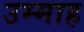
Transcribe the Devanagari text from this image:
उम्माह